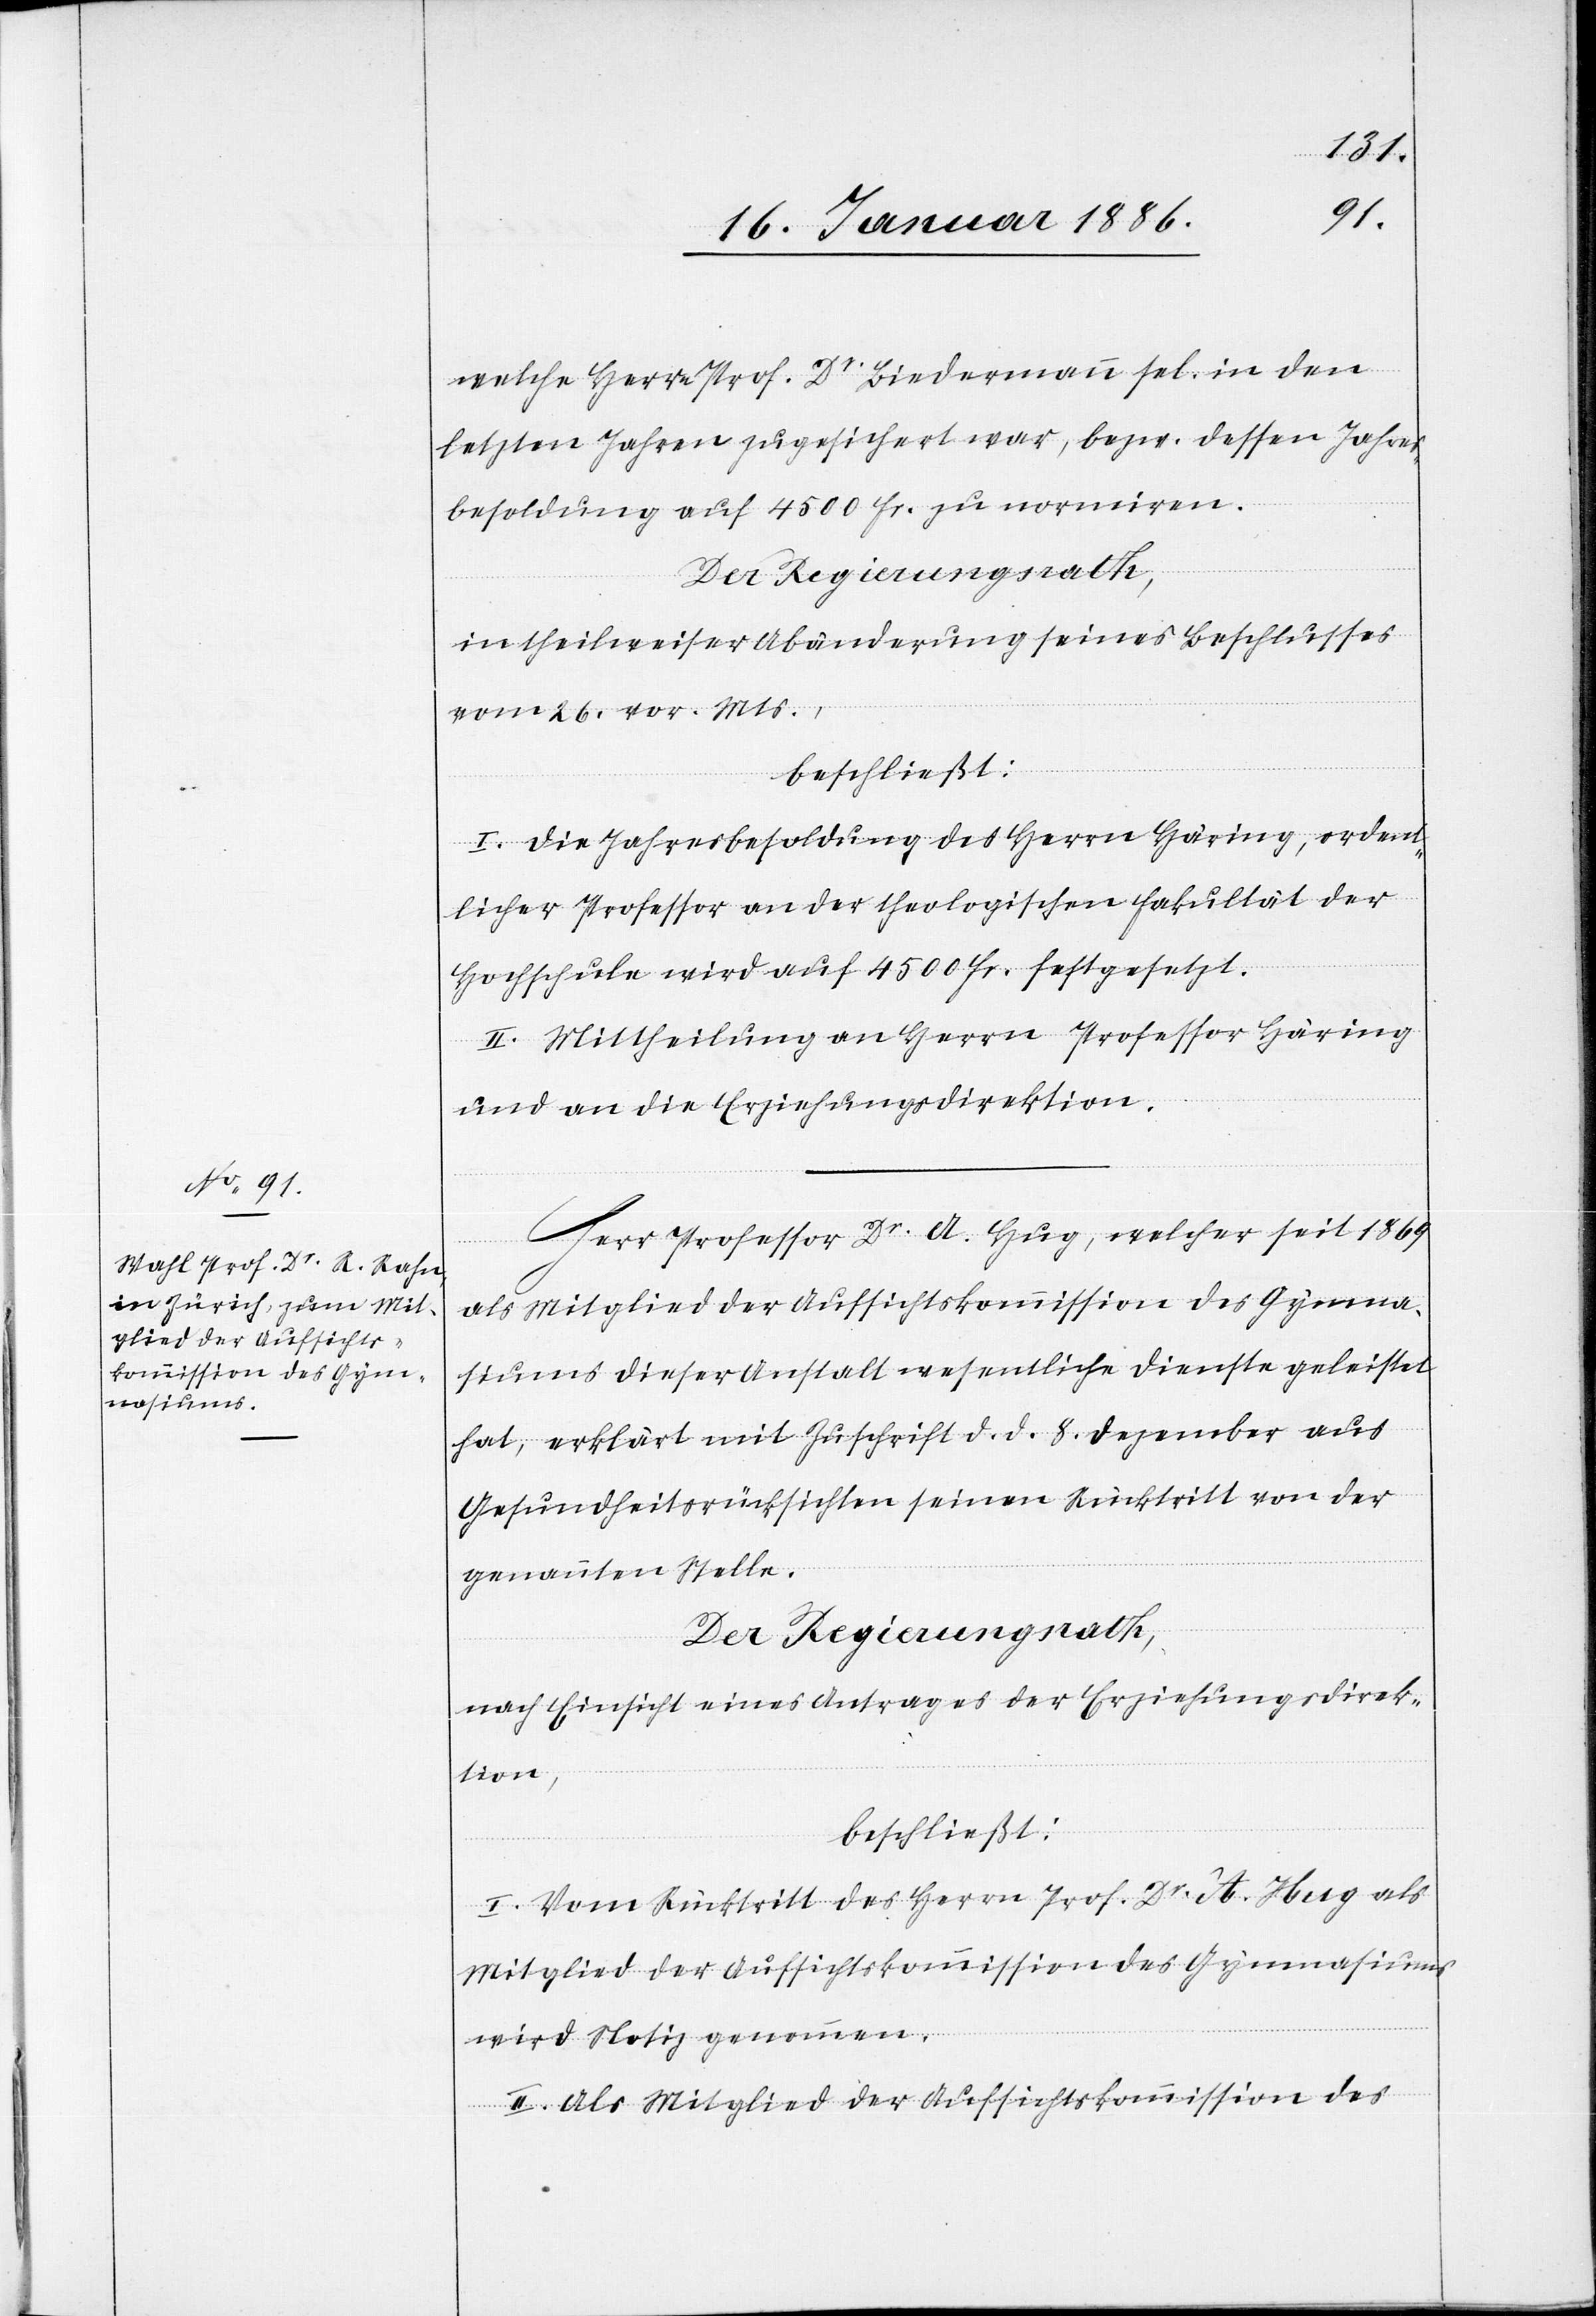
welche Herrn Prof. Dr Lindermann sel. in den
letzten Jahren zugesichert war, bzw. dessen Jahres¬
besoldung auf 4500 Fr. zu normiren.
in theilweiser Abänderung seines Beschlusses
vom 26. vor. Mts.,
beschließt:
I. Die Jahresbesoldung des Herrn Häring, ordent¬
licher Professor an der theologischen Fakultät der
Hochschule wird auf 4500 Fr. festgesetzt.
III. Mittheilung an Herrn Professor Häring
und an die Erziehungsdirektion.
Herr Professor Dr A. Hug, welcher seit 1869
als Mitglied der Aufsichtskommission des Gymna¬
siums dieser Anstalt wesentliche Dienste geleistet
hat, erklärt mit Zuschrift d. d. 8. Dezember aus
Gesundheitsrücksichten seinen Rücktritt von der
genannten Stelle.
Der Regierungsrath,
nach Einsicht eines Antrages der Erziehungsdirek¬
tion,
beschließt:
I. Vom Rücktritt des Herrn Prof. Dr A. Hug als
Mitglied der Aufsichtskommission des Gymnasiums
wird Notiz genommen.
II. Als Mitglied der Aufsichtskommission des